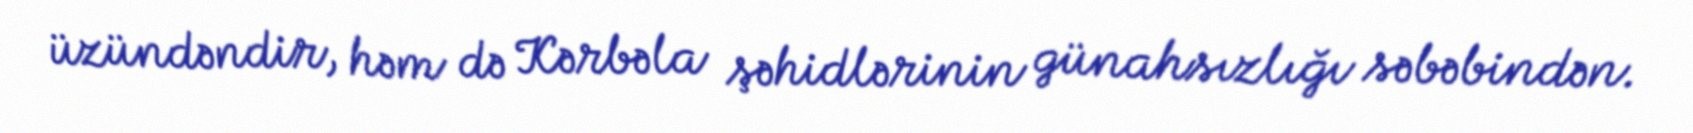
üzündəndir, həm də Kərbəla şəhidlərinin günahsızlığı səbəbindən.